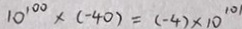
1 0 ^ { 1 0 0 } \times ( - 4 0 ) = ( - 4 ) \times 1 0 ^ { 1 0 1 }